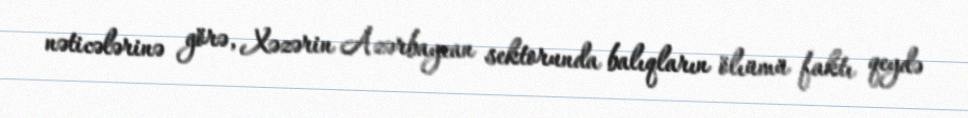
nəticələrinə görə, Xəzərin Azərbaycan sektorunda balıqların ölıümü faktı qeydə